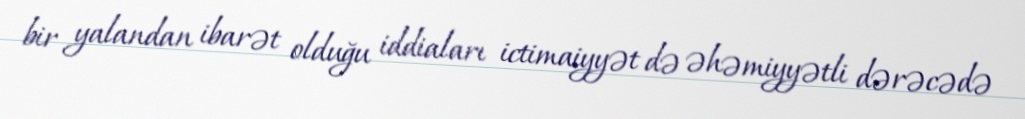
bir yalandan ibarət olduğu iddiaları ictimaiyyət də əhəmiyyətli dərəcədə